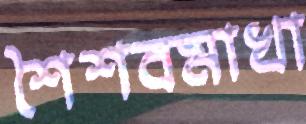
শৈশবমাখা